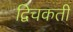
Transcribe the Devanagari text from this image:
द्विचकती